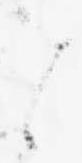
と